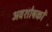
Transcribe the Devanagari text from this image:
अवशोषकों